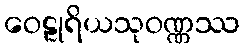
ဝေဠုရိယသုဝဏ္ဏဿ